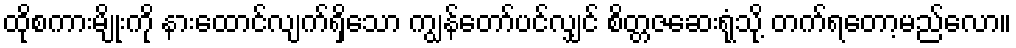
ထိုစကားမျိုးကို နားထောင်လျက်ရှိသော ကျွန်တော်ပင်လျှင် စိတ္တဇဆေးရုံသို့ တက်ရတော့မည်လော။